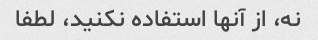
نه، از آنها استفاده نکنید، لطفا